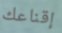
إقناعك